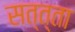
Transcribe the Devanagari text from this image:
सत्त्ता